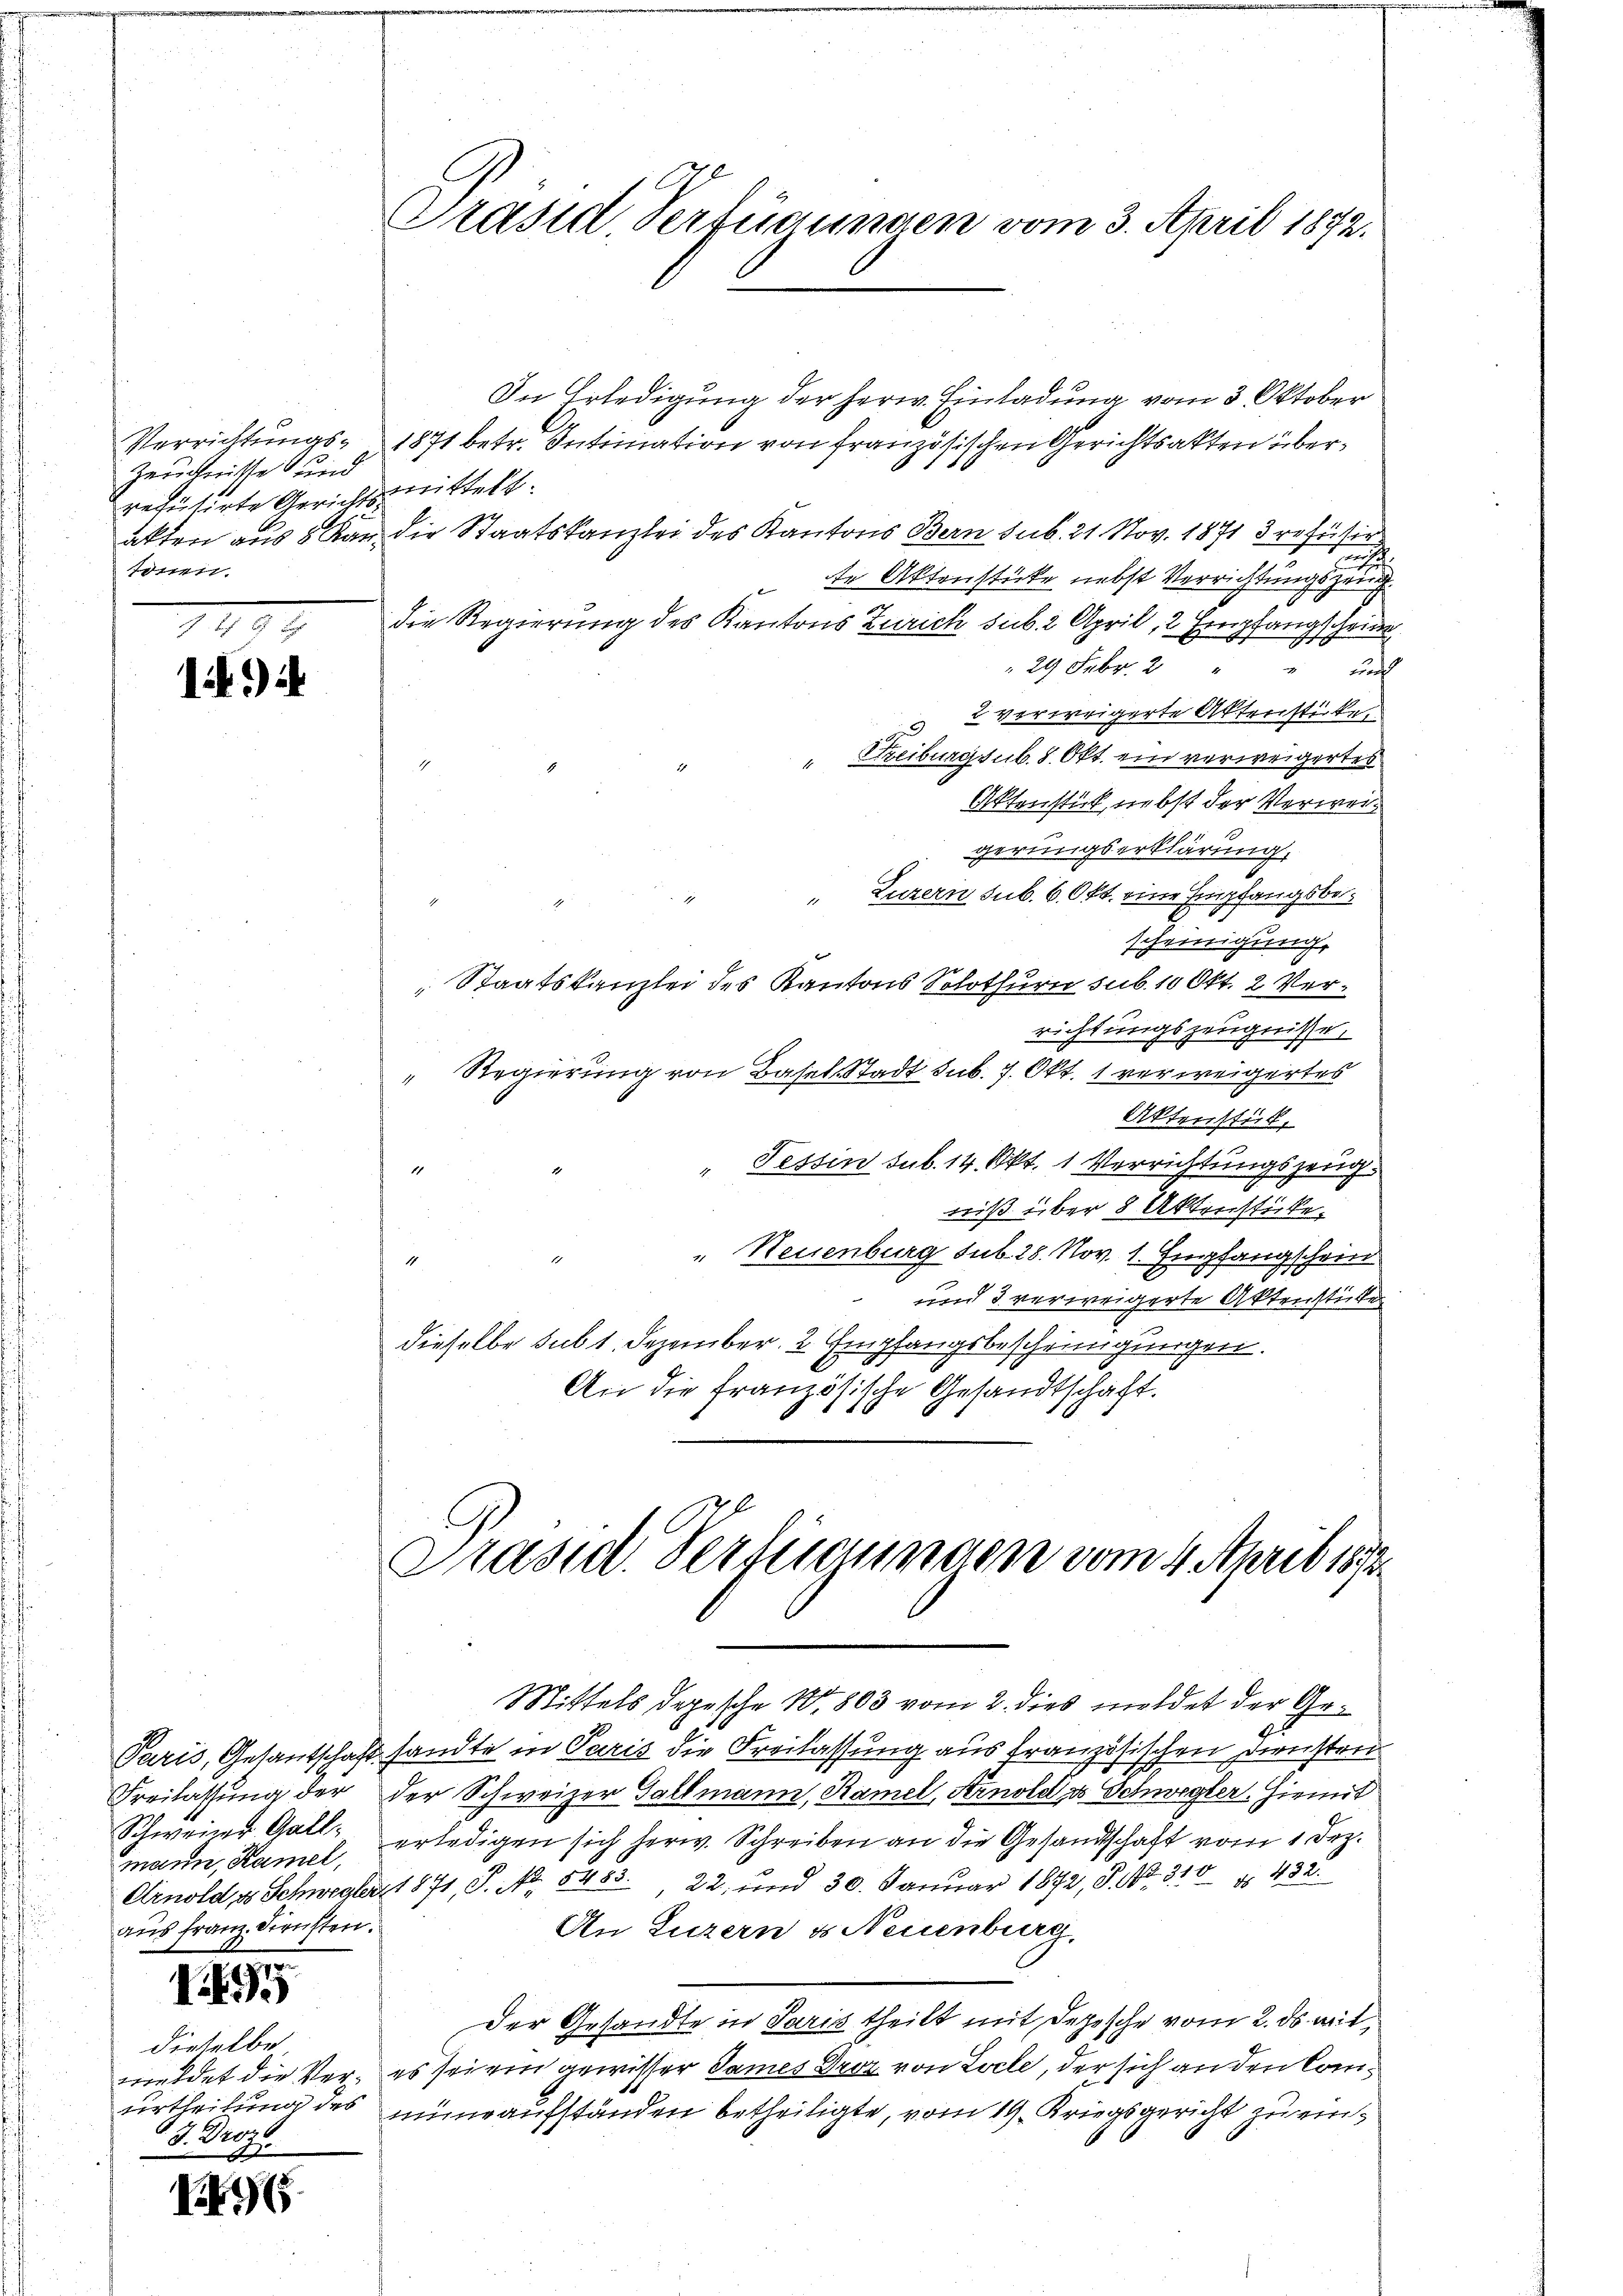
Verrichtungs-
Zeugnisse und
reputirte Gerichte
n

19
1

mann, Kamel,
aus Franz. Diensten.

1.195

dieselbe
meldet die Ver¬
Ertheilung des
J. Droz.

96

Präsid. Verfügungen vom 3. April 1872.

In Erledigung der herw. Einladung vom 3 Oktober
1871 betr. Intimation von französischen Gerichtsakten übermittelt.
akten aus 8 Kan die Staatskanzlei des Kantons Bern sub. 21. Nov. 1871 3 refüsir
i
r Aktenstücke nebst Verrichtungszei
Die Regierung des Kantons Zürich sub. 2 April, 2 Empfangscheine
29 Febr. 2 "
und
 2 verweigerte Aktenstücke.
" Freiburg sub. 8. Okt. ein verweigertes
Aktenstück nebst der Verweigerungserklärung
" Luzern sub. 6. Okt. eine Empfangsbescheinigung.
Staatskanzlei des Kantons Solothurn sub. 10 Okt. 2 Verrichtungszeugnisse.
" Regierung von Basel-Stadt sub. 7. Okt. 1 verweigertes
Aktenstück,
" Tessin sub. 14. Okt. 1 Verrichtungszeug
wiß über 8 Aktenstücke.
" Neuenburg sub. 28. Nov. 1. Empfangschein
1
n
und 3 verweigerte Aktenstücke
dieselbe sub 1. Dezember 2 Empfangsbescheinigungen.
An die französische Gesandtschaft.
Präsid. Verfügungen vom 4 April 1873.
Mittels depesche No. 803 vom 2. dies meldet der Ge¬
Paris, Gesantschaft sandte in Paris die Freilassung aus französischen gerichten
Freilassung der der Schweizer Gallmann, Ramel, Arnold zu Schwegler. Hiemit
Schweiner Goll, erledigen sich herw. Schreiben an die Gesandtschaft vom 1. Dez.
Arnold, u. Schwealer 1871, S. NNo. 54835, 22 und 30. Januar 1842, P. No. 310 f 432.
An Luzern & Neuenburg.
Der Gesandte in Paris theilt mit Depesche vom 2. ds mit
es sei ein gewisser Sames Droz. von Locle, der sich an den Commune aufständen betheiligte, vom 19. Kriegsgericht zu ein¬